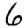
Digit: 6